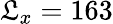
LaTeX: \mathfrak{L}_{x}=163